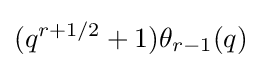
(q^{r+1/2}+1)\theta _{r-1}(q)